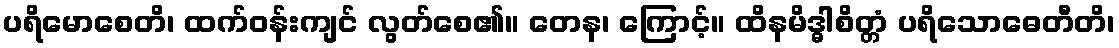
ပရိမောစေတိ၊ ထက်ဝန်းကျင် လွတ်စေ၏။ တေန၊ ကြောင့်။ ထိနမိဒ္ဓါစိတ္တံ ပရိသောဓေတီတိ၊